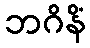
ဘဂိနိံ